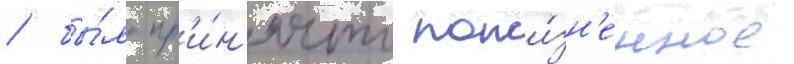
/ бы́ло пр'и́н'ято пожи́зн'енное